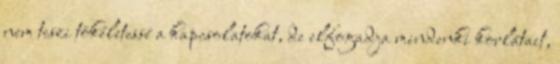
nem teszi tökéletessé a kapcsolatokat, de elfogadja mindenki korlátait,